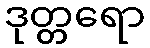
ဒုတ္တရော